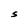
Character: S